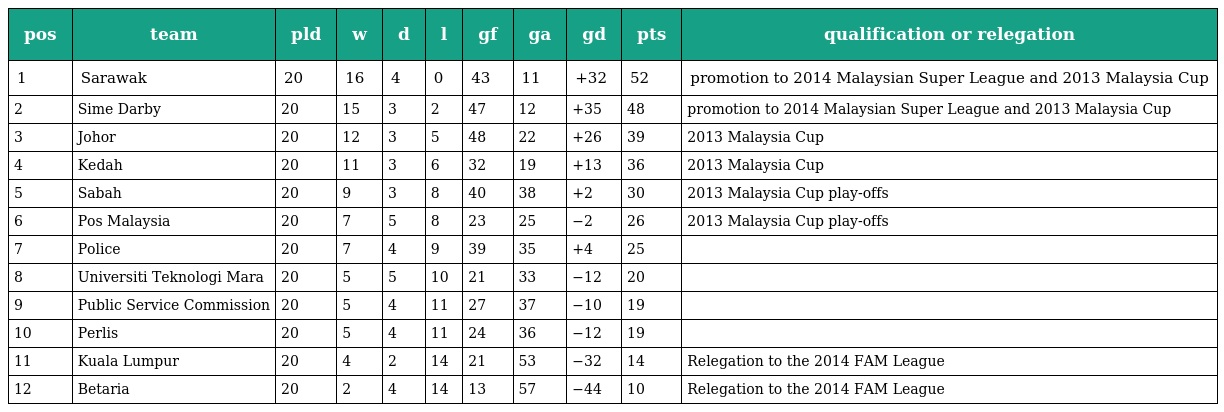
| pos | team | pld | w | d | l | gf | ga | gd | pts | qualification or relegation |
 | --- | --- | --- | --- | --- | --- | --- | --- | --- | --- | --- |
 | 1 | Sarawak | 20 | 16 | 4 | 0 | 43 | 11 | +32 | 52 | promotion to 2014 Malaysian Super League and 2013 Malaysia Cup |
 | 2 | Sime Darby | 20 | 15 | 3 | 2 | 47 | 12 | +35 | 48 | promotion to 2014 Malaysian Super League and 2013 Malaysia Cup |
 | 3 | Johor | 20 | 12 | 3 | 5 | 48 | 22 | +26 | 39 | 2013 Malaysia Cup |
 | 4 | Kedah | 20 | 11 | 3 | 6 | 32 | 19 | +13 | 36 | 2013 Malaysia Cup |
 | 5 | Sabah | 20 | 9 | 3 | 8 | 40 | 38 | +2 | 30 | 2013 Malaysia Cup play-offs |
 | 6 | Pos Malaysia | 20 | 7 | 5 | 8 | 23 | 25 | −2 | 26 | 2013 Malaysia Cup play-offs |
 | 7 | Police | 20 | 7 | 4 | 9 | 39 | 35 | +4 | 25 |  |
 | 8 | Universiti Teknologi Mara | 20 | 5 | 5 | 10 | 21 | 33 | −12 | 20 |  |
 | 9 | Public Service Commission | 20 | 5 | 4 | 11 | 27 | 37 | −10 | 19 |  |
 | 10 | Perlis | 20 | 5 | 4 | 11 | 24 | 36 | −12 | 19 |  |
 | 11 | Kuala Lumpur | 20 | 4 | 2 | 14 | 21 | 53 | −32 | 14 | Relegation to the 2014 FAM League |
 | 12 | Betaria | 20 | 2 | 4 | 14 | 13 | 57 | −44 | 10 | Relegation to the 2014 FAM League |